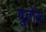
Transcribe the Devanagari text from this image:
बुतोज़